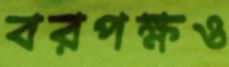
বরপক্ষও